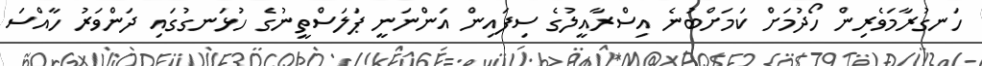
ހަނގުރާމަވެރިން ހޯދުމަށް ކަމަށްބުނެ އިސްރާއީލުގެ ސިފައިން އަންނަނީ ޕަލަސްތީނުގެ ހުޅަނގުގައި ދަންވަރު ހާއްސަ